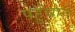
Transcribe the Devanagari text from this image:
पहुुंचाने